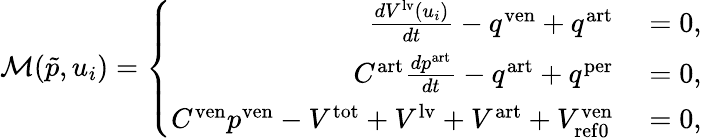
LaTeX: \mathcal{M}(\tilde{p},u_{i})=\left\{ \begin{array}{rl}{\frac{dV^{\mathrm{lv}}\left(u_{i}\right)}{dt}-q^{\mathrm{ven}}+q^{\mathrm{art}}}&{{}=0,}\\ {C^{\mathrm{art}}\frac{dp^{\mathrm{art}}}{dt}-q^{\mathrm{art}}+q^{\mathrm{per}}}&{{}=0,}\\ {C^{\mathrm{ven}}p^{\mathrm{ven}}-V^{\mathrm{tot}}+V^{\mathrm{lv}}+V^{\mathrm{art}}+V_{\mathrm{{ref0}}}^{\mathrm{ven}}}&{{}=0,}\end{array}\right.